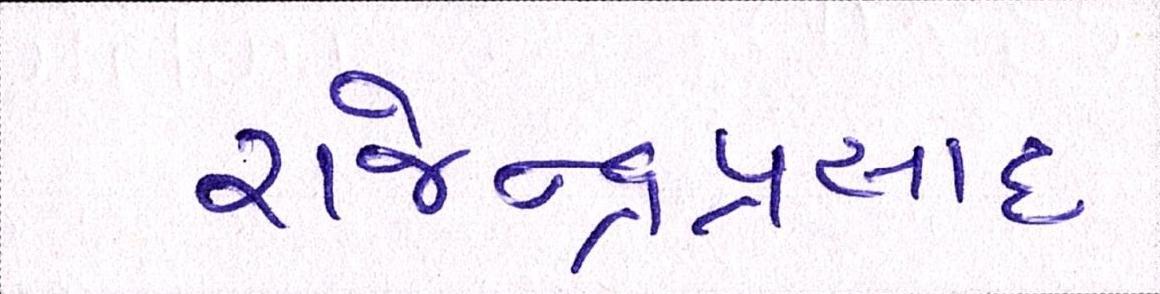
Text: રાજેન્દ્રપ્રસાદ